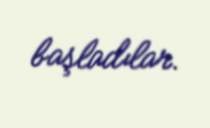
başladılar.